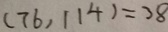
( 7 6 , 1 1 4 ) = 3 8